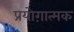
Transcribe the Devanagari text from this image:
प्रयोग़ात्मक